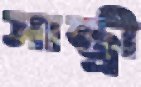
সান্ত্রী